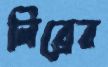
লিব্রের